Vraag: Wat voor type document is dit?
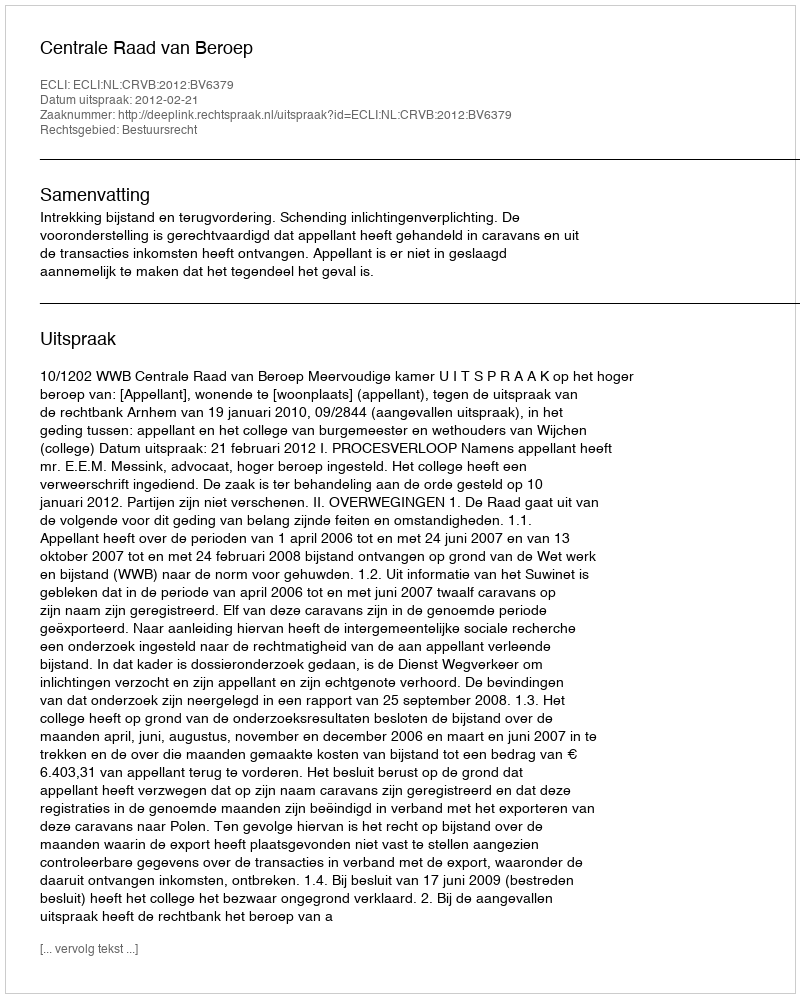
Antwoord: Uitspraak